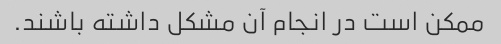
ممکن است در انجام آن مشکل داشته باشند.